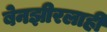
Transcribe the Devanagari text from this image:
बेनझीरलाही